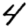
Digit: 4